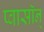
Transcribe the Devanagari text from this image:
प्वासॉन्‌